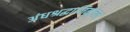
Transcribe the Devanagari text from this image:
अंधश्रद्धानिर्मूलन